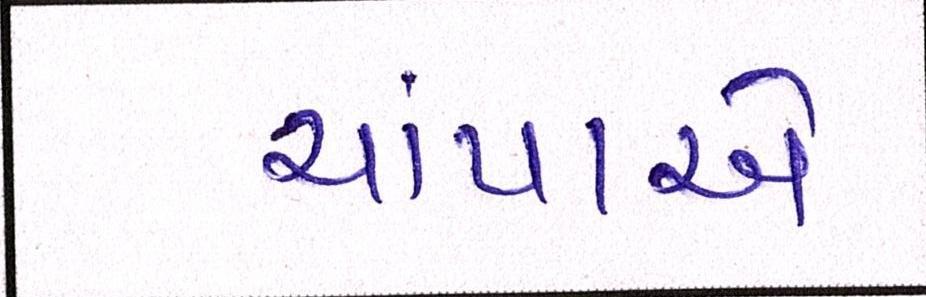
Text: ચાંપાએ